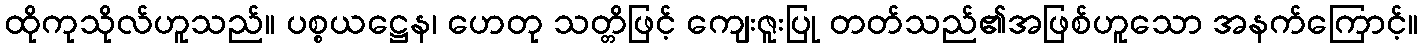
ထိုကုသိုလ်ဟူသည်။ ပစ္စယဋ္ဌေန၊ ဟေတု သတ္တိဖြင့် ကျေးဇူးပြု တတ်သည်၏အဖြစ်ဟူသော အနက်ကြောင့်။